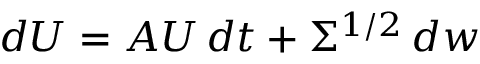
d U = A U \, d t + \Sigma ^ { 1 / 2 } \, d w